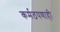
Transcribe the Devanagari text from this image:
कर्मठपणाही